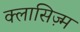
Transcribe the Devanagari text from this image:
क्लासिज़्म